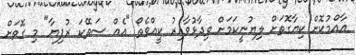
އާއްމުކޮށް ކިޔާގޮތަށް ލިޔުނީކަމަށް ވިދާޅުވާއިރު ކީއްވެތޯ "އެއް ސަތޭކަ ރުފިޔާ" މި ގޮތަށް